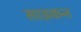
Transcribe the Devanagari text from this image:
साइकन